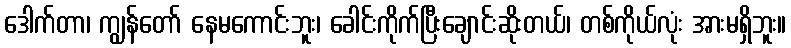
ဒေါက်တာ၊ ကျွန်တော် နေမကောင်းဘူး၊ ခေါင်းကိုက်ပြီးချောင်းဆိုးတယ်၊ တစ်ကိုယ်လုံး အားမရှိဘူး။